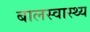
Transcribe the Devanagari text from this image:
बालस्वास्थ्य